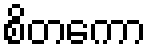
စိတကော